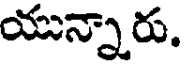
యున్నారు.